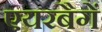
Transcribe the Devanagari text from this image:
एयरबैगें